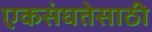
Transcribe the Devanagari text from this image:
एकसंघतेसाठी